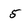
Character: 5